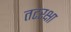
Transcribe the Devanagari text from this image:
तटरक्षा